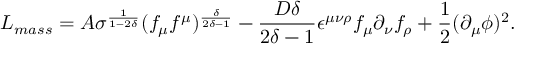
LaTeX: L _ { m a s s } = A \sigma ^ { \frac { 1 } { 1 - 2 \delta } } ( f _ { \mu } f ^ { \mu } ) ^ { \frac { \delta } { 2 \delta - 1 } } - \frac { D \delta } { 2 \delta - 1 } \epsilon ^ { \mu \nu \rho } f _ { \mu } \partial _ { \nu } f _ { \rho } + \frac { 1 } { 2 } ( \partial _ { \mu } \phi ) ^ { 2 } .